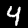
Digit: 4